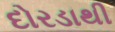
દોરડાથી